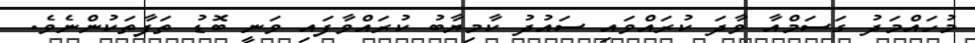
މުހައްމަދު ގަސަމްއާ ވާދަ ކުރައްވައި ސައުދު ކާމިޔާބު ކުރައްވާފައި ވަނީ ބޮޑު ތަފާތަކުންނެވެ.